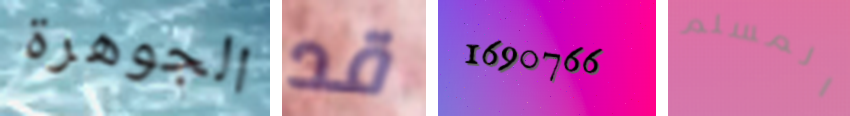
الجوهرة قد 1690766 المسلم